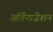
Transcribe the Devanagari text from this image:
ऑर्गेनाजेशन